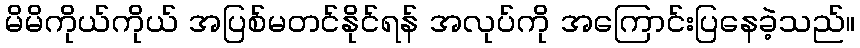
မိမိကိုယ်ကိုယ် အပြစ်မတင်နိုင်ရန် အလုပ်ကို အကြောင်းပြနေခဲ့သည်။